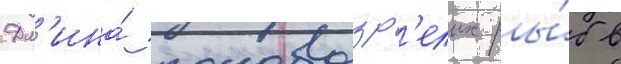
Дл'ина́ половозр'елых ры́б в